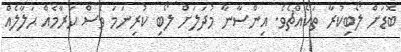
ބޮޑަށް ލޯބިކުރާ ތަކެއްޗެވެ. އިންސާނާ މުދަލަށް ލޯބި ކުރިނަމަ ވެސް ޙަރާމެއް ޙަލާލެއް